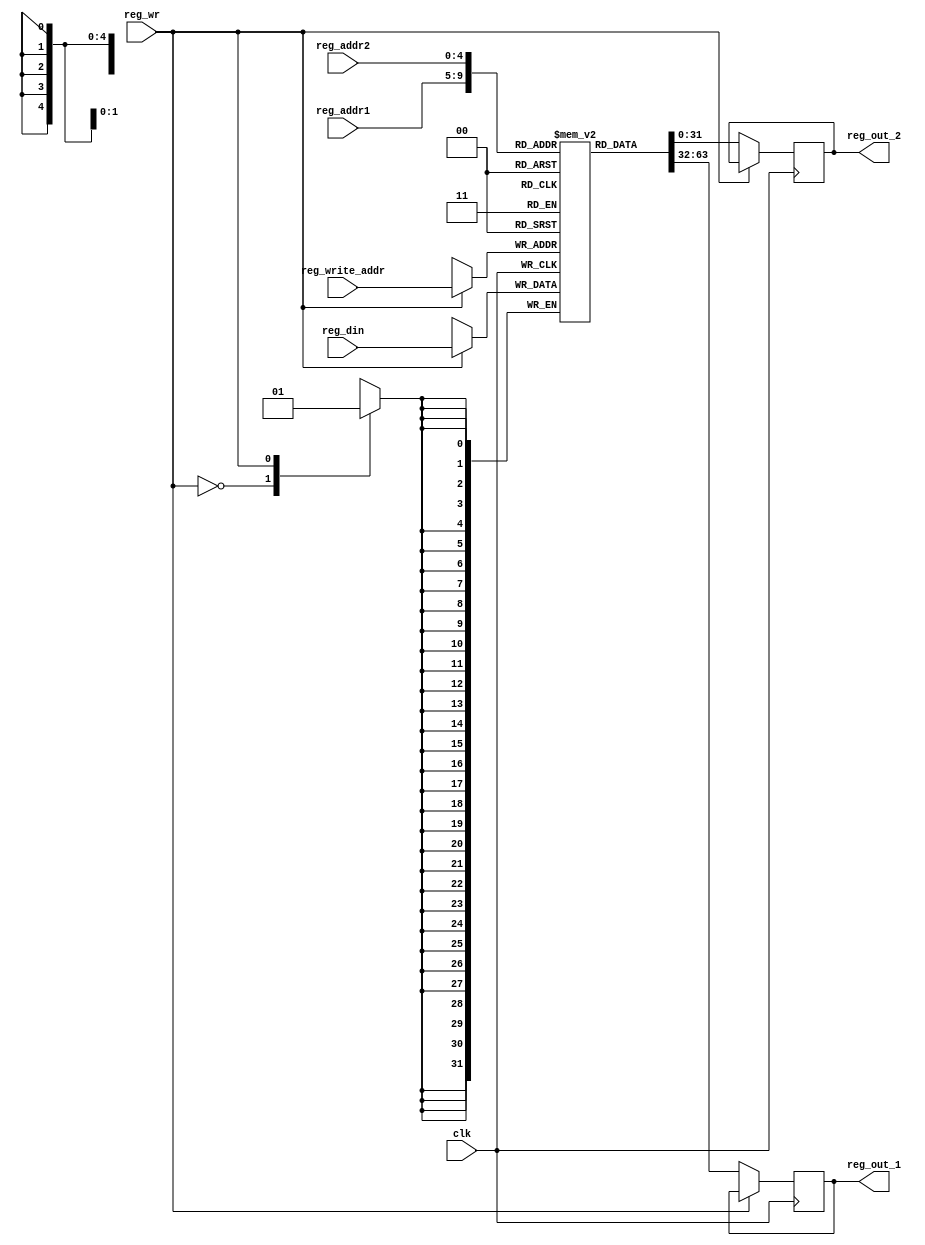
`timescale 1ns / 1ns
//////////////////////////////////////////////////////////////////////////////////
// Company: 
// Engineer: 
// 
// Design Name: 
// Module Name: reg_file
// Project Name: 
// Target Devices: 
// Tool Versions: 
// Description: 
// 
// Dependencies: 
// 
// Revision:
// Revision 0.01 - File Created
// Additional Comments:
// 
//////////////////////////////////////////////////////////////////////////////////


    //Updates
    //1)added an address field for writing the data into the register like Rd;
	//2)changed the size of registers (previously it was 6)
module reg_file(reg_out_1,reg_out_2,reg_addr1,reg_addr2,reg_write_addr,reg_wr,reg_din,clk);
	input [4:0] reg_addr1,reg_addr2,reg_write_addr;
	input [31:0] reg_din;
	input reg_wr,clk;
	output reg [31:0] reg_out_1,reg_out_2;
	reg [31:0] registers [31:0];
	initial
		{reg_out_1,reg_out_2} = {32{1'b0}};
	always @(negedge clk)
			
			case(reg_wr)
				1'b0:
					begin
						
						reg_out_1 <= registers[reg_addr1];
						reg_out_2 <= registers[reg_addr2];
							
					end
				1'b1:
					begin
						
						registers[reg_write_addr] <= reg_din; //changed this from register[reg_addr1]<=reg_din;
							
					end
			endcase
	


endmodule